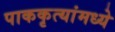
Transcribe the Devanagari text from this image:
पाककृत्यांमध्ये